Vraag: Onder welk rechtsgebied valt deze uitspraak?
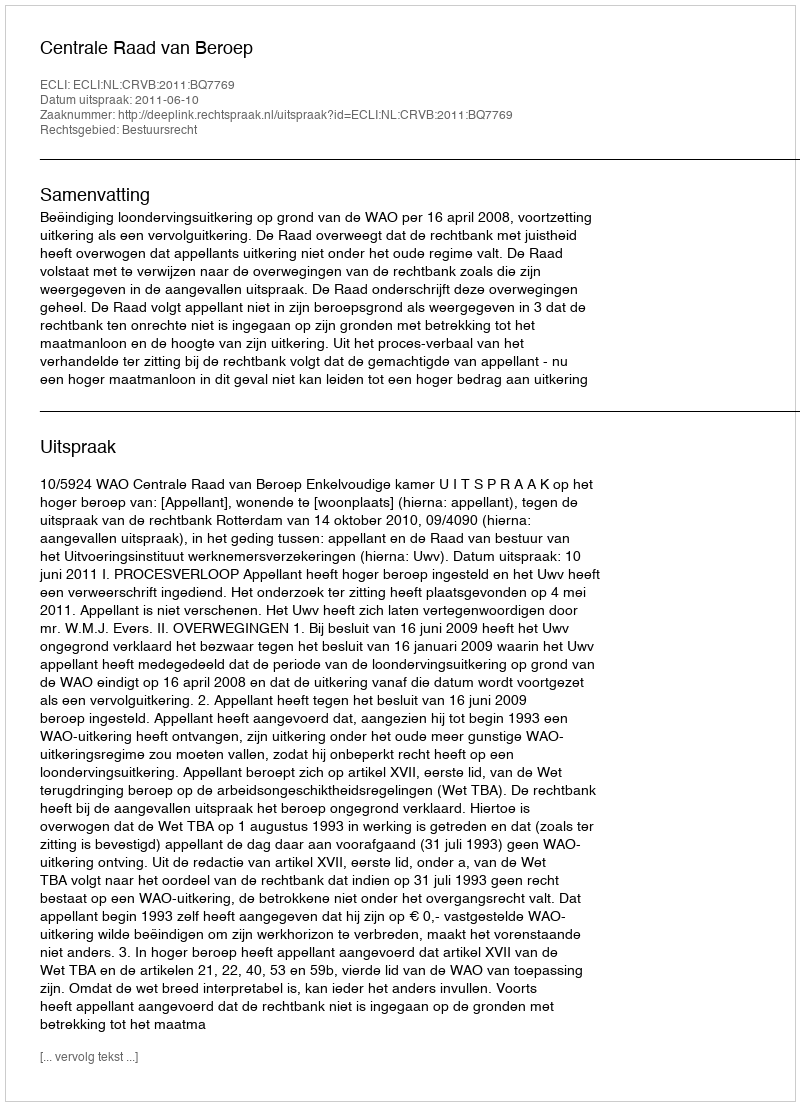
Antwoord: Bestuursrecht